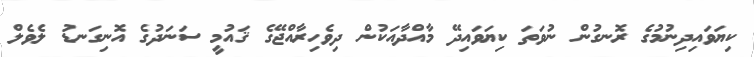
ކިޔަވައިދިނުމުގެ ރޮނގުން ނުވަތަ ކިޔަވައިދޭ މާއްދާއަކުން ދިވެހިރާއްޖޭގެ ޤައުމީ ސަނަދުގެ އޮނިގަނޑު ލެވެލް